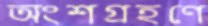
অংশগ্রহণে